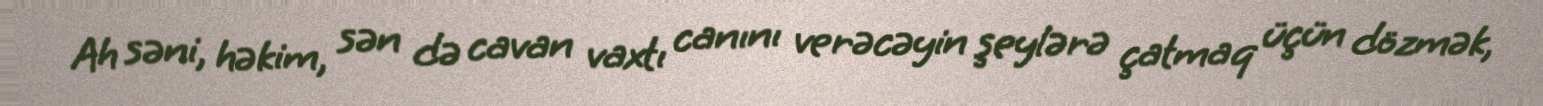
Ah səni, həkim, sən də cavan vaxtı canını verəcəyin şeylərə çatmaq üçün dözmək,